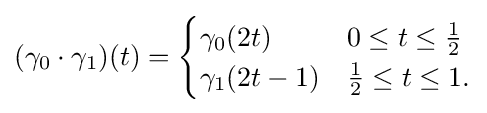
(\gamma _{0}\cdot \gamma _{1})(t)={\begin{cases}\gamma _{0}(2t)&0\leq t\leq {\tfrac {1}{2}}\\\gamma _{1}(2t-1)&{\tfrac {1}{2}}\leq t\leq 1.\end{cases}}